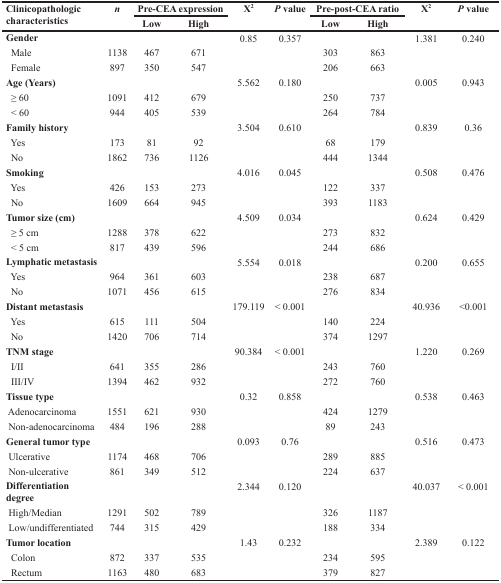
<table><thead><tr><td rowspan="2"><b>Clinicopathologic characteristics</b></td><td rowspan="2"><b><i>n</i></b></td><td colspan="2"><b>Pre-CEA expression</b></td><td rowspan="2"><b>X<sup>2</sup></b></td><td rowspan="2"><b><i>P</i> value</b></td><td colspan="2"><b>Pre-post-CEA ratio</b></td><td rowspan="2"><b>X<sup>2</sup></b></td><td rowspan="2"><b><i>P</i> value</b></td></tr><tr><td><b>Low</b></td><td><b>High</b></td><td><b>Low</b></td><td><b>High</b></td></tr></thead><tbody><tr><td><b>Gender</b></td><td></td><td></td><td></td><td>0.85</td><td>0.357</td><td></td><td></td><td>1.381</td><td>0.240</td></tr><tr><td> Male</td><td>1138</td><td>467</td><td>671</td><td></td><td></td><td>303</td><td>863</td><td></td><td></td></tr><tr><td> Female</td><td>897</td><td>350</td><td>547</td><td></td><td></td><td>206</td><td>663</td><td></td><td></td></tr><tr><td><b>Age (Years)</b></td><td></td><td></td><td></td><td>5.562</td><td>0.180</td><td></td><td></td><td>0.005</td><td>0.943</td></tr><tr><td> ≥ 60</td><td>1091</td><td>412</td><td>679</td><td></td><td></td><td>250</td><td>737</td><td></td><td></td></tr><tr><td> &lt; 60</td><td>944</td><td>405</td><td>539</td><td></td><td></td><td>264</td><td>784</td><td></td><td></td></tr><tr><td><b>Family history</b></td><td></td><td></td><td></td><td>3.504</td><td>0.610</td><td></td><td></td><td>0.839</td><td>0.36</td></tr><tr><td> Yes</td><td>173</td><td>81</td><td>92</td><td></td><td></td><td>68</td><td>179</td><td></td><td></td></tr><tr><td> No</td><td>1862</td><td>736</td><td>1126</td><td></td><td></td><td>444</td><td>1344</td><td></td><td></td></tr><tr><td><b>Smoking</b></td><td></td><td></td><td></td><td>4.016</td><td>0.045</td><td></td><td></td><td>0.508</td><td>0.476</td></tr><tr><td> Yes</td><td>426</td><td>153</td><td>273</td><td></td><td></td><td>122</td><td>337</td><td></td><td></td></tr><tr><td> No</td><td>1609</td><td>664</td><td>945</td><td></td><td></td><td>393</td><td>1183</td><td></td><td></td></tr><tr><td><b>Tumor size (cm)</b></td><td></td><td></td><td></td><td>4.509</td><td>0.034</td><td></td><td></td><td>0.624</td><td>0.429</td></tr><tr><td> ≥ 5 cm</td><td>1288</td><td>378</td><td>622</td><td></td><td></td><td>273</td><td>832</td><td></td><td></td></tr><tr><td> &lt; 5 cm</td><td>817</td><td>439</td><td>596</td><td></td><td></td><td>244</td><td>686</td><td></td><td></td></tr><tr><td><b>Lymphatic metastasis</b></td><td></td><td></td><td></td><td>5.554</td><td>0.018</td><td></td><td></td><td>0.200</td><td>0.655</td></tr><tr><td> Yes</td><td>964</td><td>361</td><td>603</td><td></td><td></td><td>238</td><td>687</td><td></td><td></td></tr><tr><td> No</td><td>1071</td><td>456</td><td>615</td><td></td><td></td><td>276</td><td>834</td><td></td><td></td></tr><tr><td><b>Distant metastasis</b></td><td></td><td></td><td></td><td>179.119</td><td>&lt; 0.001</td><td></td><td></td><td>40.936</td><td>&lt;0.001</td></tr><tr><td> Yes</td><td>615</td><td>111</td><td>504</td><td></td><td></td><td>140</td><td>224</td><td></td><td></td></tr><tr><td> No</td><td>1420</td><td>706</td><td>714</td><td></td><td></td><td>374</td><td>1297</td><td></td><td></td></tr><tr><td><b>TNM stage</b></td><td></td><td></td><td></td><td>90.384</td><td>&lt; 0.001</td><td></td><td></td><td>1.220</td><td>0.269</td></tr><tr><td> I/II</td><td>641</td><td>355</td><td>286</td><td></td><td></td><td>243</td><td>760</td><td></td><td></td></tr><tr><td> III/IV</td><td>1394</td><td>462</td><td>932</td><td></td><td></td><td>272</td><td>760</td><td></td><td></td></tr><tr><td><b>Tissue type</b></td><td></td><td></td><td></td><td>0.32</td><td>0.858</td><td></td><td></td><td>0.538</td><td>0.463</td></tr><tr><td> Adenocarcinoma</td><td>1551</td><td>621</td><td>930</td><td></td><td></td><td>424</td><td>1279</td><td></td><td></td></tr><tr><td> Non-adenocarcinoma</td><td>484</td><td>196</td><td>288</td><td></td><td></td><td>89</td><td>243</td><td></td><td></td></tr><tr><td><b>General tumor type</b></td><td></td><td></td><td></td><td>0.093</td><td>0.76</td><td></td><td></td><td>0.516</td><td>0.473</td></tr><tr><td> Ulcerative</td><td>1174</td><td>468</td><td>706</td><td></td><td></td><td>289</td><td>885</td><td></td><td></td></tr><tr><td> Non-ulcerative</td><td>861</td><td>349</td><td>512</td><td></td><td></td><td>224</td><td>637</td><td></td><td></td></tr><tr><td><b>Differentiation degree</b></td><td></td><td></td><td></td><td>2.344</td><td>0.120</td><td></td><td></td><td>40.037</td><td>&lt; 0.001</td></tr><tr><td> High/Median</td><td>1291</td><td>502</td><td>789</td><td></td><td></td><td>326</td><td>1187</td><td></td><td></td></tr><tr><td> Low/undifferentiated</td><td>744</td><td>315</td><td>429</td><td></td><td></td><td>188</td><td>334</td><td></td><td></td></tr><tr><td><b>Tumor location</b></td><td></td><td></td><td></td><td>1.43</td><td>0.232</td><td></td><td></td><td>2.389</td><td>0.122</td></tr><tr><td> Colon</td><td>872</td><td>337</td><td>535</td><td></td><td></td><td>234</td><td>595</td><td></td><td></td></tr><tr><td> Rectum</td><td>1163</td><td>480</td><td>683</td><td></td><td></td><td>379</td><td>827</td><td></td><td></td></tr></tbody></table>